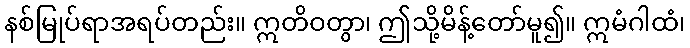
နစ်မြုပ်ရာအရပ်တည်း။ ဣတိဝတွာ၊ ဤသို့မိန့်တော်မူ၍။ ဣမံဂါထံ၊